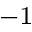
^ { - 1 }